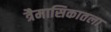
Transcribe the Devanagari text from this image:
त्रैमासिकातला